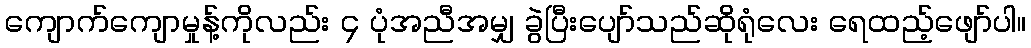
ကျောက်ကျောမှုန့်ကိုလည်း ၄ ပုံအညီအမျှ ခွဲပြီးပျော်သည်ဆိုရုံလေး ရေထည့်ဖျော်ပါ။